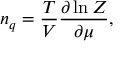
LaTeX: n _ { q } = \frac { T } { V } \frac { \partial \ln Z } { \partial \mu } ,